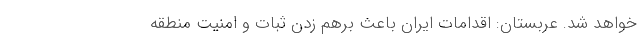
خواهد شد. عربستان: اقدامات ایران باعث برهم زدن ثبات و امنیت منطقه